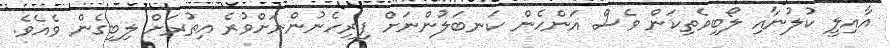
އާއިލީ ކުލުނާއި ލޯބިވެތިކަން ވެސް އަންހެން ކަނބަލުންނަށް ފިރިހެނުންނަށްވުރެ އިތުރަށް ލިބިގެން ވެއެވެ.